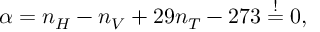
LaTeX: \alpha = n _ { H } - n _ { V } + 2 9 n _ { T } - 2 7 3 \stackrel { ! } { = } 0 ,